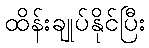
ထိန်းချုပ်နိုင်ပြီး